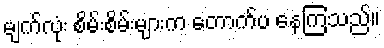
မျက်လုံး စိမ်းစိမ်းများက တောက်ပ နေကြသည်။